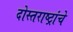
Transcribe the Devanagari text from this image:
दोस्तराष्ट्रांचे